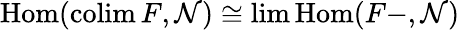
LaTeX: \operatorname{Hom}(\operatorname{colim}F,\mathcal{N})\cong\operatorname*{lim}\operatorname{Hom}(F-,\mathcal{N})